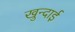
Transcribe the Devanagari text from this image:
खुन्दाई